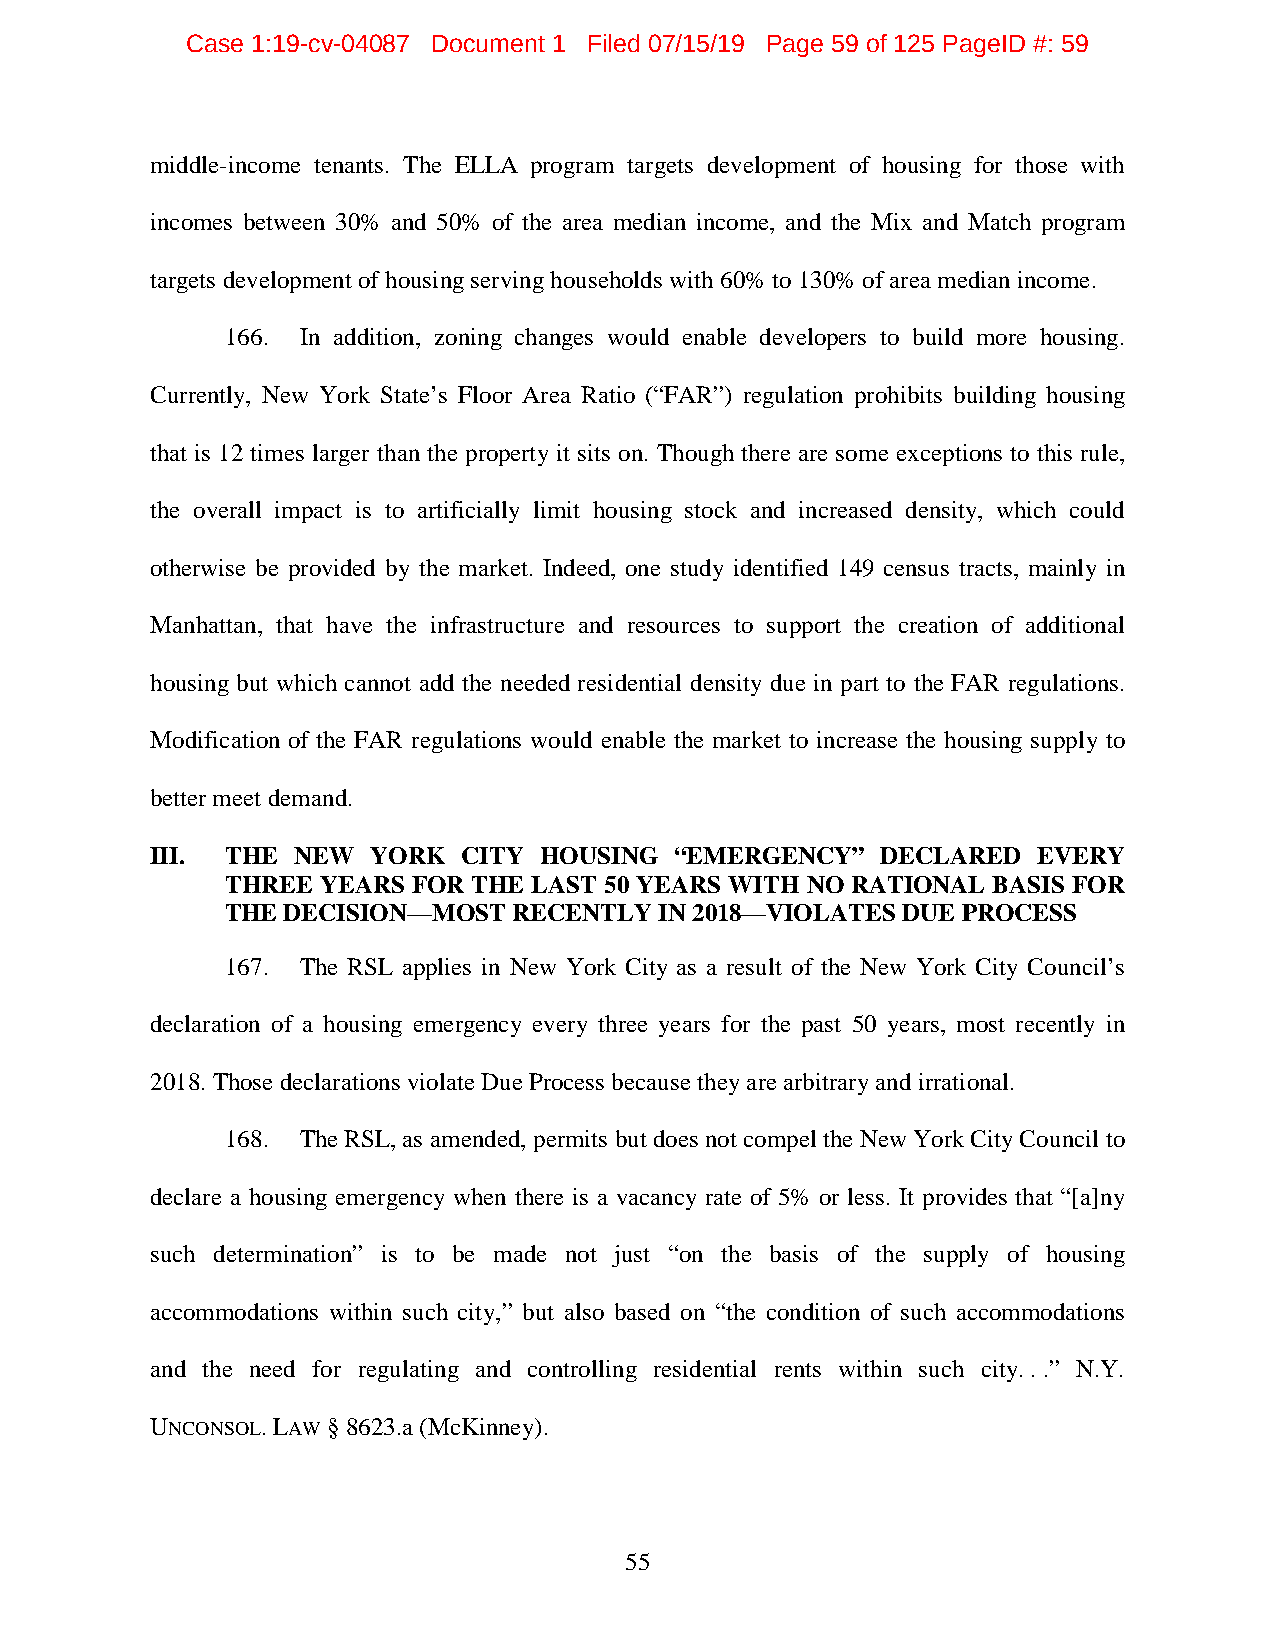
Case 1:19-cv-04087 Document 1 Filed 07/15/19 Page 59 of 125 PageID #: 59
 middle-income tenants. The ELLA program targets development of housing for those with
 incomes between 30% and 50% of the area median income, and the Mix and Match program
 targets development of housing serving households with 60% to 130% of area median income.
 166. In addition, zoning changes would enable developers to build more housing.
 Currently, New York State’s Floor Area Ratio (“FAR”) regulation prohibits building housing
 that is 12 times larger than the property it sits on. Though there are some exceptions to this rule,
 the overall impact is to artificially limit housing stock and increased density, which could
 otherwise be provided by the market. Indeed, one study identified 149 census tracts, mainly in
 Manhattan, that have the infrastructure and resources to support the creation of additional
 housing but which cannot add the needed residential density due in part to the FAR regulations.
 Modification of the FAR regulations would enable the market to increase the housing supply to
 better meet demand.
 III. THE NEW   YORK  CITY HOUSING  “EMERGENCY”  DECLARED   EVERY
 THREE YEARS FOR THE LAST 50 YEARS WITH NO RATIONAL BASIS FOR
 THE DECISION—MOST  RECENTLY  IN 2018—VIOLATES DUE PROCESS
 167. The RSL applies in New York City as a result of the New York City Council’s
 declaration of a housing emergency every three years for the past 50 years, most recently in
 2018. Those declarations violate Due Process because they are arbitrary and irrational.
 168. The RSL, as amended, permits but does not compel the New York City Council to
 declare a housing emergency when there is a vacancy rate of 5% or less. It provides that “[a]ny
 such determination” is to be made not just “on the basis of the supply of housing
 accommodations within such city,” but also based on “the condition of such accommodations
 and the need for regulating and controlling residential rents within such city. . .” N.Y.
 UNCONSOL.LAW § 8623.a (McKinney).
 55